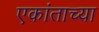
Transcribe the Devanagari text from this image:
एकांताच्या